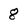
Character: 8